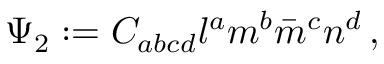
\Psi _ { 2 } : = C _ { a b c d } l ^ { a } m ^ { b } { \bar { m } } ^ { c } n ^ { d } \, ,